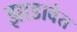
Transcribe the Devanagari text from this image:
झाडावेत